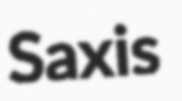
Saxis